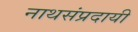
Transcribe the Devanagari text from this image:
नाथसंप्रदायी